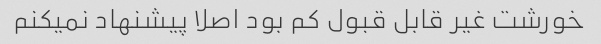
خورشت غیر قابل قبول کم بود اصلا پیشنهاد نمیکنم